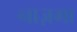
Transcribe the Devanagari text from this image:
नाज़मा